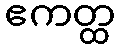
ဧကတ္ထ